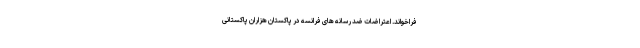
فراخواند. اعتراضات ضد رسانه های فرانسه در پاکستان هزاران پاکستانی